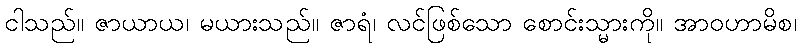
ငါသည်။ ဇာယာယ၊ မယားသည်။ ဇာရံ၊ လင်ဖြစ်သော စောင်းသ္မားကို။ အာဝဟာမိစ၊